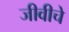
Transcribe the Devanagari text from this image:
जीवीचे